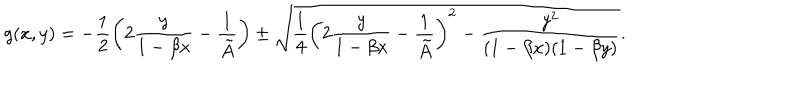
LaTeX: g ( x , y ) = - \frac { 1 } { 2 } \left( 2 \frac { y } { 1 - \beta x } - \frac { 1 } { \tilde { A } } \right) \pm \sqrt { \frac { 1 } { 4 } \left( 2 \frac { y } { 1 - \beta x } - \frac { 1 } { \tilde { A } } \right) ^ { 2 } - \frac { y ^ { 2 } } { ( 1 - \beta x ) ( 1 - \beta y ) } } .